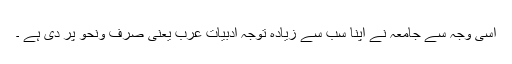
اسی وجہ سے جامعہ نے اپنا سب سے زیادہ توجہ ادبیات عرب یعنی صرف ونحو پر دی ہے ۔